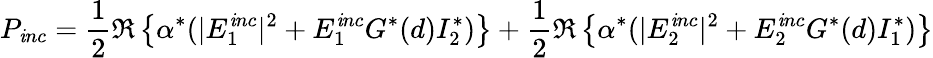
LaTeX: P_{\mathit{i}nc}=\frac{{1}}{{2}}\Re\left\{ \alpha^{*}(|E_{1}^{\mathit{i}nc}|^{2}+E_{1}^{\mathit{i}nc}G^{*}(d)I_{2}^{*})\right\} +\frac{{1}}{{2}}\Re\left\{ \alpha^{*}(|E_{2}^{\mathit{i}nc}|^{2}+E_{2}^{\mathit{i}nc}G^{*}(d)I_{1}^{*})\right\}